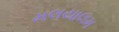
મલયાલમ